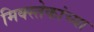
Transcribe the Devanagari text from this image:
मिक्स्तेकांच्या